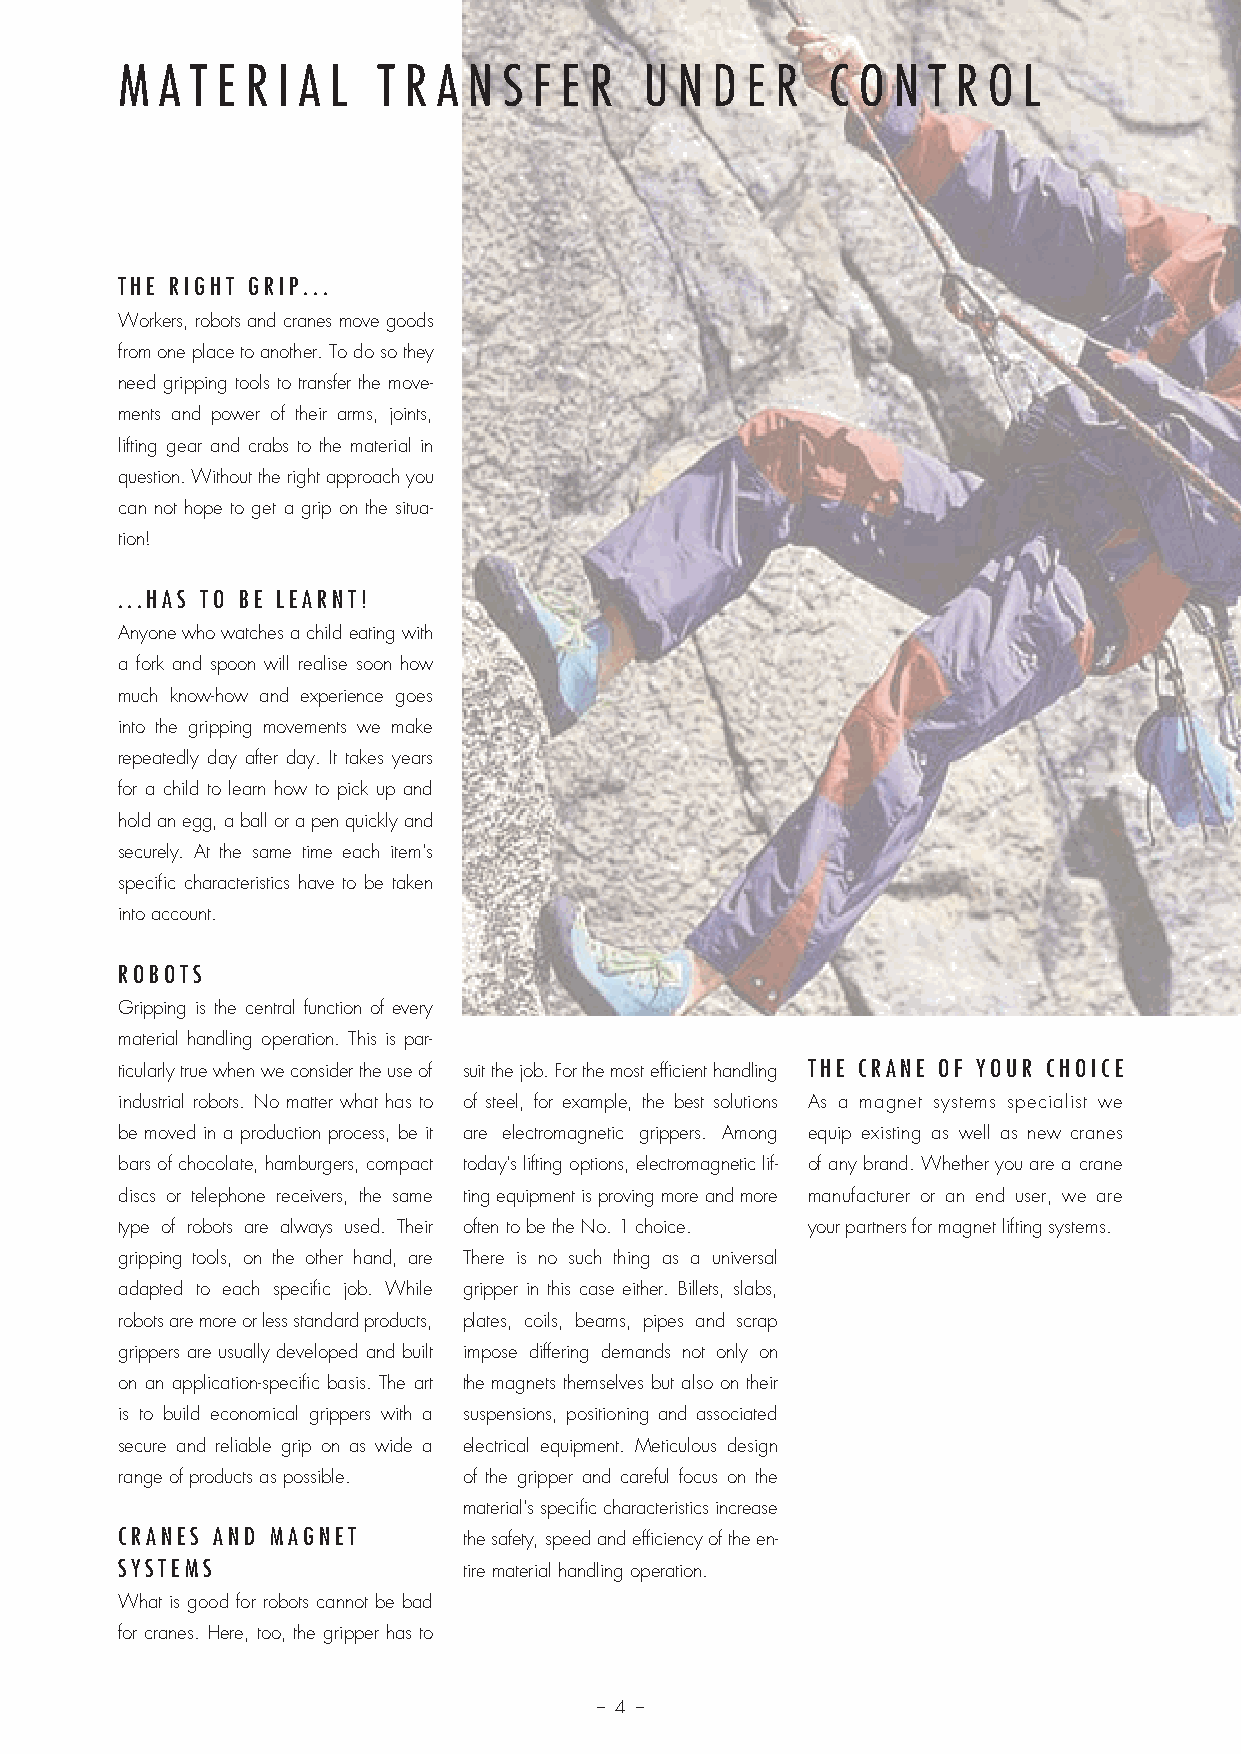
M A T E R I A L  T R A N S F E R   U N D E R   C O N T R O  L
 THE RIGHT GRIP...
 Workers, robots and cranes move goods
 from one place to another. To do so they
 need gripping tools to transfer the move-
 ments and power of their arms, joints,
 lifting gear and crabs to the material in
 question. Without the right approach you
 can not hope to get a grip on the situa-
 tion!
 ...HAS TO BE LEARNT!
 Anyone who watches a child eating with
 a fork and spoon will realise soon how
 much know-how and experience goes
 into the gripping movements we make
 repeatedly day after day. It takes years
 for a child to learn how to pick up and
 hold an egg, a ball or a pen quickly and
 securely. At the same time each item's
 specific characteristics have to be taken
 into account.
 ROBOTS
 Gripping is the central function of every
 material handling operation. This is par-
 ticularly true when we consider the use of suit the job. For the most efficient handling THE CRANE OF YOUR CHOICE
 industrial robots. No matter what has to of steel, for example, the best solutions As a magnet systems specialist we
 be moved in a production process, be it are electromagnetic grippers. Among equip existing as well as new cranes
 bars of chocolate, hamburgers, compact today's lifting options, electromagnetic lif- of any brand. Whether you are a crane
 discs or telephone receivers, the same ting equipment is proving more and more manufacturer or an end user, we are
 type of robots are always used. Their often to be the No. 1 choice. your partners for magnet lifting systems.
 gripping tools, on the other hand, are There is no such thing as a universal
 adapted to each specific job. While gripper in this case either. Billets, slabs,
 robots are more or less standard products, plates, coils, beams, pipes and scrap
 grippers are usually developed and built impose differing demands not only on
 on an application-specific basis. The art the magnets themselves but also on their
 is to build economical grippers with a suspensions, positioning and associated
 secure and reliable grip on as wide a electrical equipment. Meticulous design
 range of products as possible. of the gripper and careful focus on the
 material's specific characteristics increase
 CRANES AND MAGNET      the safety, speed and efficiency of the en-
 SYSTEMS                tire material handling operation.
 What is good for robots cannot be bad
 for cranes. Here, too, the gripper has to
 – 4 –
 Prosp Magnethebetech_v11.indd 4                                        08.12.11 13:56